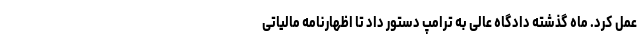
عمل کرد. ماه گذشته دادگاه عالی به ترامپ دستور داد تا اظهارنامه مالیاتی